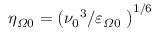
{ { \eta } _ { \varOmega 0 } } = { { \left( { { { \nu } _ { 0 } } ^ { 3 } } / { { { \varepsilon } _ { \varOmega 0 } } } \; \right) } ^ { { 1 } / { 6 } \; } }